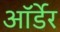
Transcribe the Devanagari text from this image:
ऑर्डेर